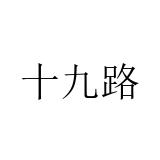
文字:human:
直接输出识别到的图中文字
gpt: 十九路